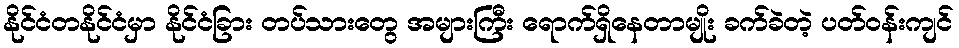
နိုင်ငံတနိုင်ငံမှာ နိုင်ငံခြား တပ်သားတွေ အများကြီး ရောက်ရှိနေတာမျိုး ခက်ခဲတဲ့ ပတ်ဝန်းကျင်